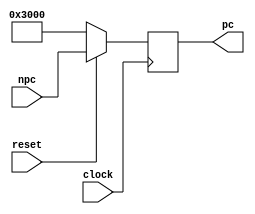
module pc(pc,clock,reset,npc);

output [31:0] pc;

input clock;

input reset;

input [31:0] npc;

reg [31:0] pc;

always@(posedge clock)
begin
	if(!reset)
		pc <= 32'h00003000;
	else
		pc <= npc;

end

endmodule